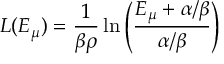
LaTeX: L ( E _ { \mu } ) = \frac { 1 } { \beta \rho } \ln \left( \frac { E _ { \mu } + \alpha / \beta } { \alpha / \beta } \right)